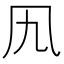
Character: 𠘪